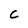
Character: C